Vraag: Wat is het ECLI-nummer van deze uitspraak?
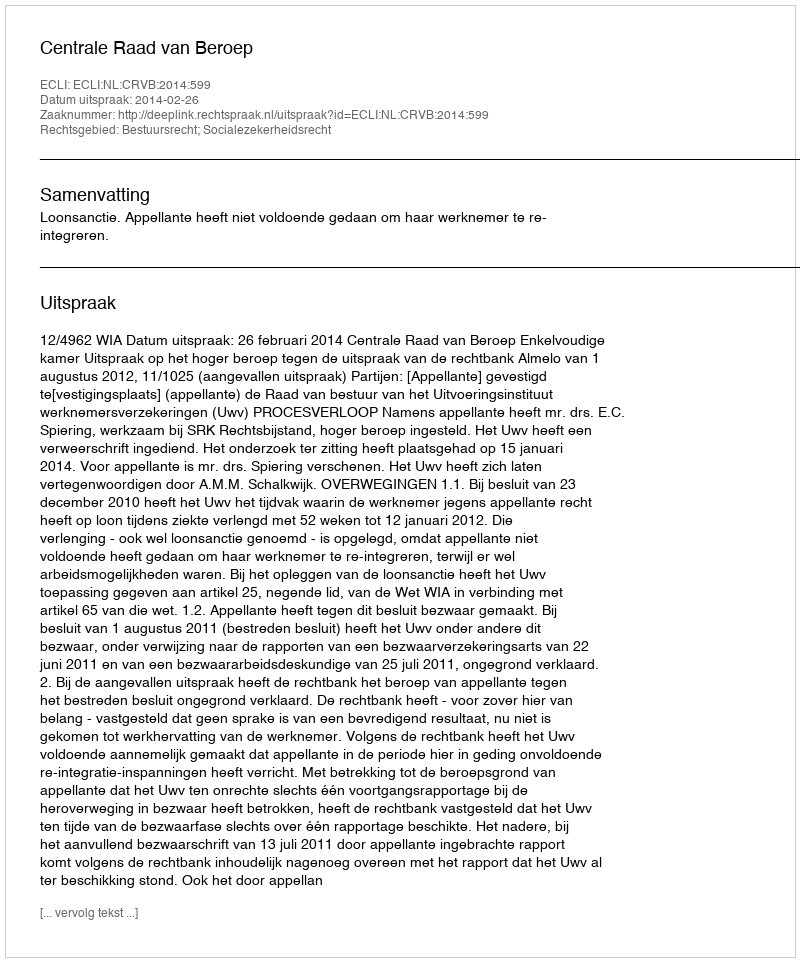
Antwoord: ECLI:NL:CRVB:2014:599